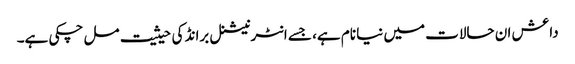
داعش ان حالات میں نیا نام ہے، جسے انٹرنیشنل برانڈ کی حیثیت مل چکی ہے۔